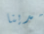
مدينا